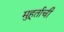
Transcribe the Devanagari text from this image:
मुहूर्ताची